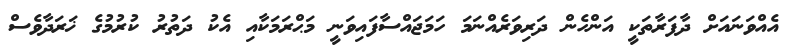
އެއްވަނައަށް ދާފަރާތަކީ އަންހެން ދަރިވަރެއްނަމަ ހަމަޖައްސާފައިވަނީ މަޙްރަމަކާއި އެކު ދަތުރު ކުރުމުގެ ޚަރަދާވެސް